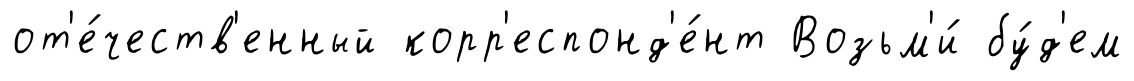
от'е́честв'енный корр'еспонд'е́нт Возьм'и́ бу́д'ем